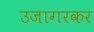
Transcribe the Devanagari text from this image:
उजागरकर